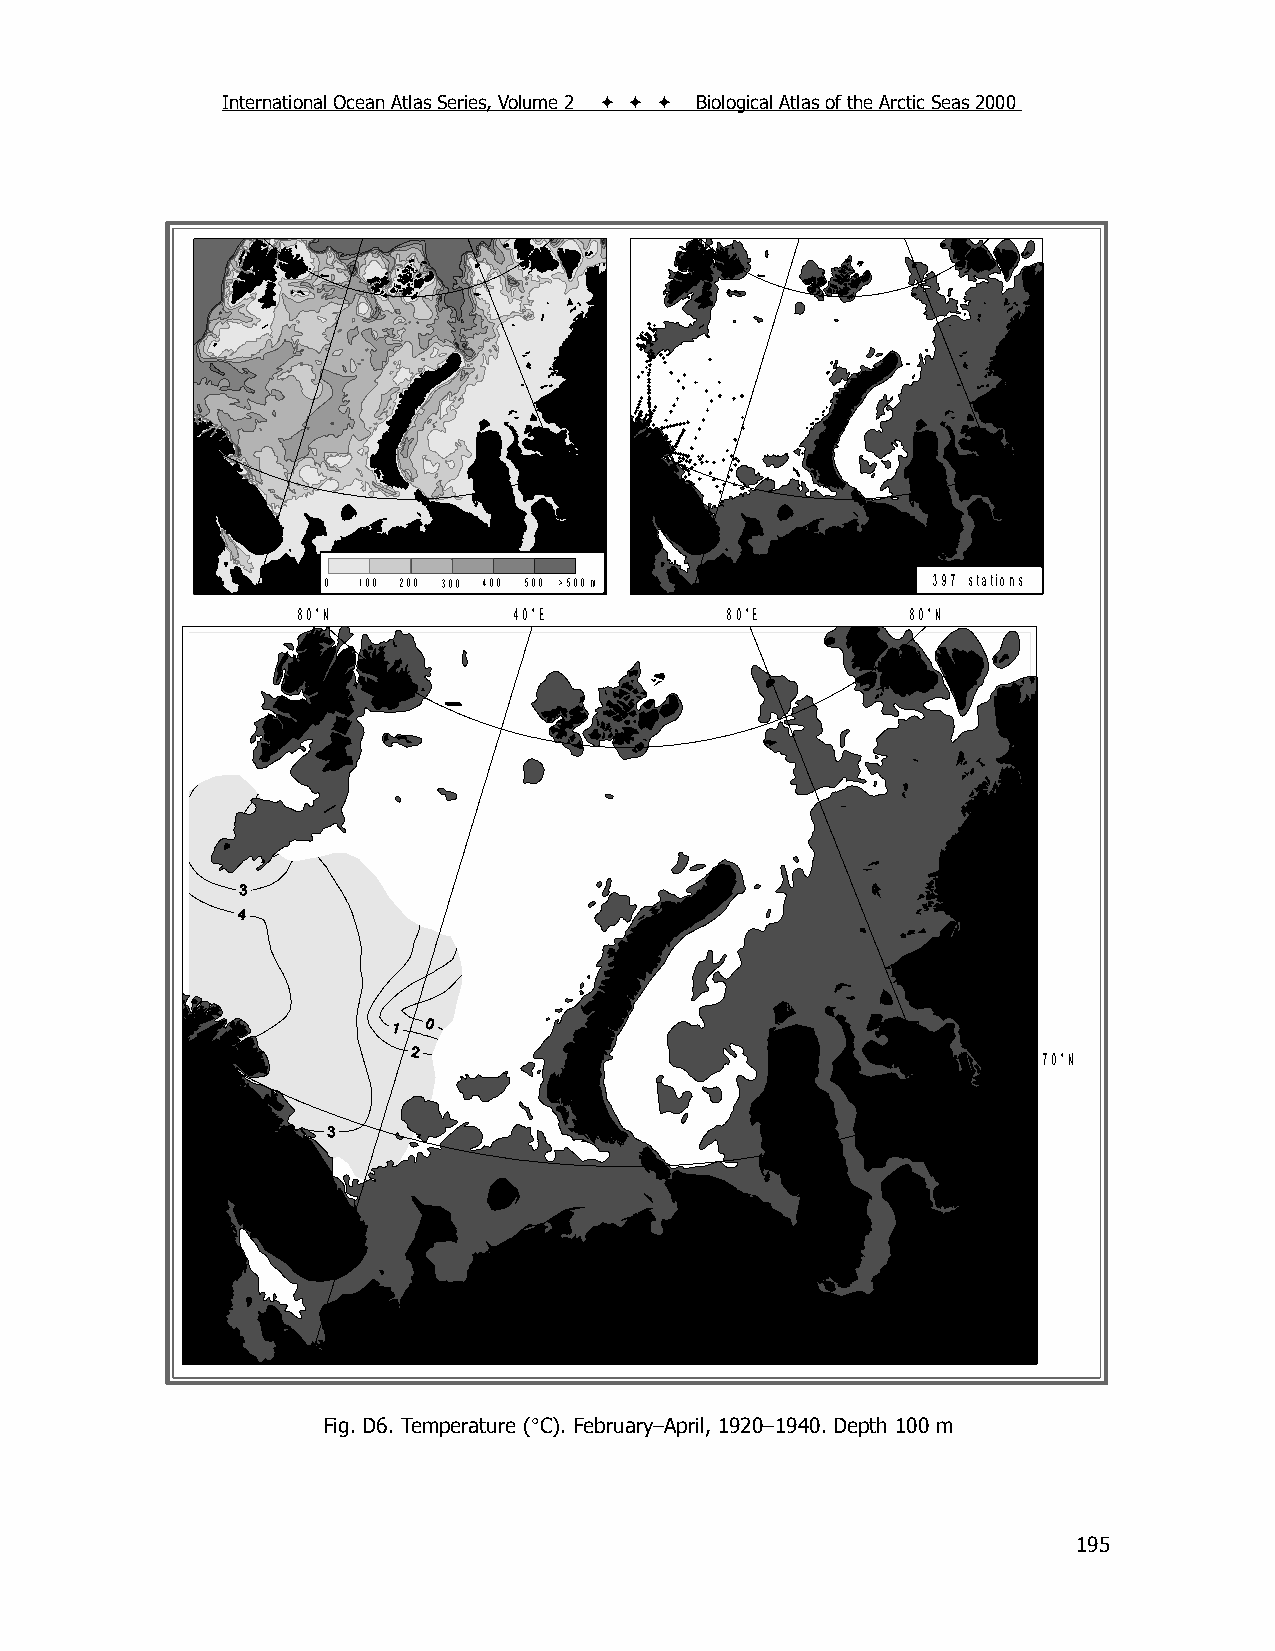
International Ocean Atlas Series, Volume 2    Biological Atlas of the Arctic Seas 2000
 0 100 200 300 400 500 >500 m            397 stations
 80°N          40°E          80°E        80°N
 70°N
 Fig. D6. Temperature (C). February–April, 1920–1940. Depth 100 m
 195